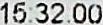
15:32:00